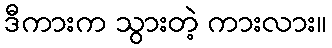
ဒီကားက သွားတဲ့ ကားလား။